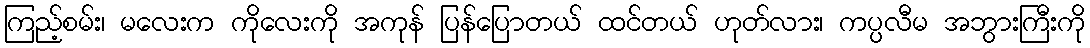
ကြည့်စမ်း၊ မလေးက ကိုလေးကို အကုန် ပြန်ပြောတယ် ထင်တယ် ဟုတ်လား၊ ကပ္ပလီမ အဘွားကြီးကို